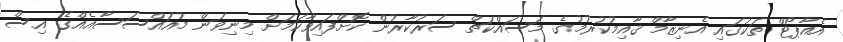
އެއާޕޯޓް ތަކުގައި އެނިޒާމް ޤާއިމުކުރުމުގެ މަސައްކަތް ސަރުކާރުން ކޮށްފައިވާކަމަށް މިނިވަން މުއައްސަސާއެއްގެ އިސް